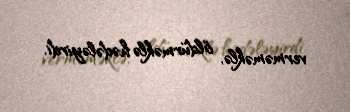
verməməklə, öldürməklə hədələyirdi.